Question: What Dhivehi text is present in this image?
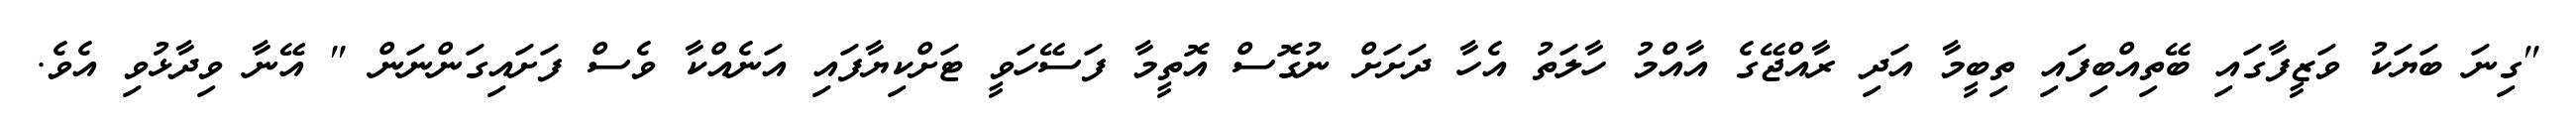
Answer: "ގިނަ ބަޔަކު ވަޒީފާގައި ބޭތިއްބިފައި ތިބީމާ އަދި ރާއްޖޭގެ އާއްމު ހާލަތު އެހާ ދަށަށް ނުގޮސް އޮތީމާ ފަސޭހަވީ ޓަށްކިޔާފައި އަނެއްކާ ވެސް ފަށައިގަންނަން " އޭނާ ވިދާޅުވި އެވެ.